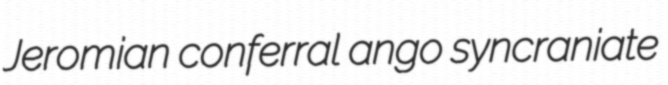
Jeromian conferral ango syncraniate